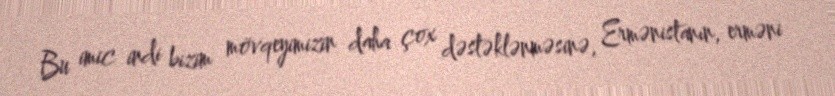
Bu imic indi bizim mövqeyimizin daha çox dəstəklənməsinə, Ermənistanın, erməni